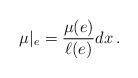
LaTeX: \begin{align*}\mu|_e = \frac{\mu(e)}{\ell(e)}dx \, .\end{align*}